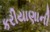
કરીયાણાની